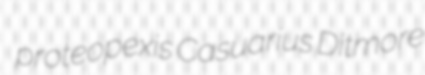
proteopexis Casuarius Ditmore